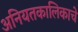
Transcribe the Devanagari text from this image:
अनियतकालिकाचे